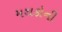
મથકોની